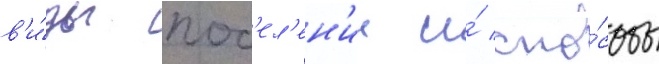
в'и́ды пос'ел'ен'ии и́ спо́собы